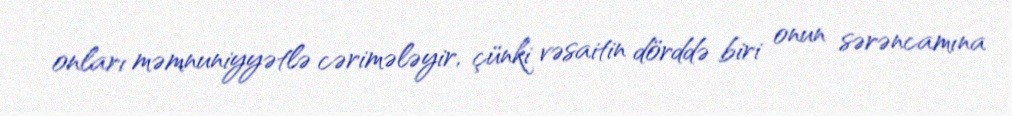
onları məmnuniyyətlə cərimələyir, çünki vəsaitin dörddə biri onun sərəncamına